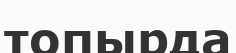
топырда